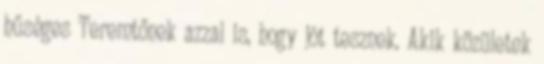
hűséges Teremtőnek azzal is, hogy jót tesznek. Akik közületek